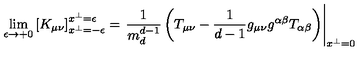
\lim _ { \epsilon \to + 0 } \left[ K _ { \mu \nu } \right] _ { x ^ { \perp } = - \epsilon } ^ { x ^ { \perp } = \epsilon } = \left. \frac { 1 } { m _ { d } ^ { d - 1 } } \left( T _ { \mu \nu } - \frac { 1 } { d - 1 } g _ { \mu \nu } g ^ { \alpha \beta } T _ { \alpha \beta } \right) \right| _ { x ^ { \perp } = 0 }